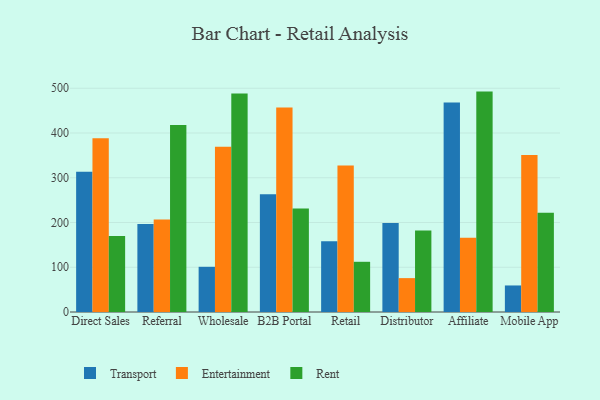
{"axis": {"x": "Channel", "y": "Humidity (%)"}, "legend": ["Entertainment", "Rent", "Transport"], "data": [{"x": "Direct Sales", "y": 313.2, "type": "Transport"}, {"x": "Direct Sales", "y": 388.4, "type": "Entertainment"}, {"x": "Direct Sales", "y": 170.1, "type": "Rent"}, {"x": "Referral", "y": 196.7, "type": "Transport"}, {"x": "Referral", "y": 206.6, "type": "Entertainment"}, {"x": "Referral", "y": 417.9, "type": "Rent"}, {"x": "Wholesale", "y": 101.0, "type": "Transport"}, {"x": "Wholesale", "y": 369.4, "type": "Entertainment"}, {"x": "Wholesale", "y": 488.4, "type": "Rent"}, {"x": "B2B Portal", "y": 263.1, "type": "Transport"}, {"x": "B2B Portal", "y": 457.0, "type": "Entertainment"}, {"x": "B2B Portal", "y": 231.2, "type": "Rent"}, {"x": "Retail", "y": 157.9, "type": "Transport"}, {"x": "Retail", "y": 327.1, "type": "Entertainment"}, {"x": "Retail", "y": 112.2, "type": "Rent"}, {"x": "Distributor", "y": 199.0, "type": "Transport"}, {"x": "Distributor", "y": 75.7, "type": "Entertainment"}, {"x": "Distributor", "y": 182.2, "type": "Rent"}, {"x": "Affiliate", "y": 468.3, "type": "Transport"}, {"x": "Affiliate", "y": 165.9, "type": "Entertainment"}, {"x": "Affiliate", "y": 492.5, "type": "Rent"}, {"x": "Mobile App", "y": 59.3, "type": "Transport"}, {"x": "Mobile App", "y": 351.0, "type": "Entertainment"}, {"x": "Mobile App", "y": 221.7, "type": "Rent"}]}